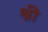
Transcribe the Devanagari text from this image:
श्नी